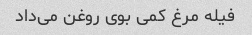
فیله مرغ کمی بوی روغن می‌داد